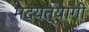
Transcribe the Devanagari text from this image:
मद्यत्यागी